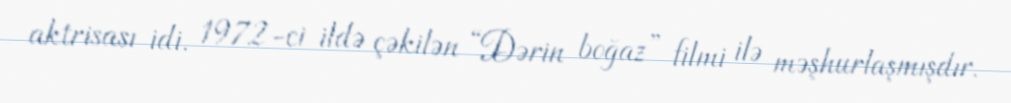
aktrisası idi. 1972-ci ildə çəkilən “Dərin boğaz” filmi ilə məşhurlaşmışdır.